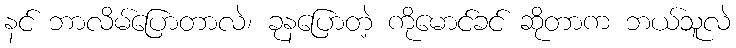
နင် ဘာလိမ်ပြောတာလဲ၊ ခုနပြောတဲ့ ကိုမောင်ခင် ဆိုတာက ဘယ်သူလဲ